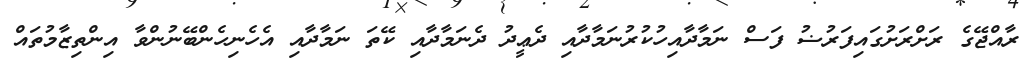
ރާއްޖޭގެ ރަށްރަށުގައިފަރުޟު ފަސް ނަމާދާއިހުކުރުނަމާދާއި ދެޢީދު ދެނަމާދާއި ކޭތަ ނަމާދާއި އެހެނިހެންބޭނުންވާ އިންތިޒާމުތައް